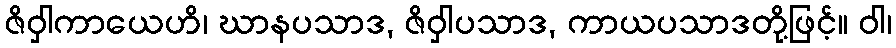
ဇိဝှါကာယေဟိ၊ ဃာနပသာဒ, ဇိဝှါပသာဒ, ကာယပသာဒတို့ဖြင့်။ ဝါ၊